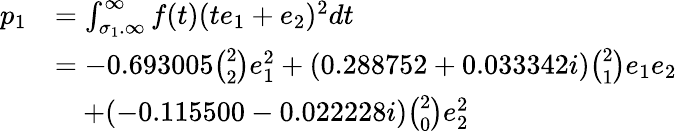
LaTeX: \begin{array}{rl}{p_{1}}&{=\int_{\sigma_{1}.\infty}^{\infty}f(t)(te_{1}+e_{2})^{2}dt}\\ &{=-0.693005\binom{2}2e_{1}^{2}+(0.288752+0.033342i)\binom{2}1e_{1}e_{2}}\\ &{\quad+(-0.115500-0.022228i)\binom 20e_{2}^{2}}\end{array}